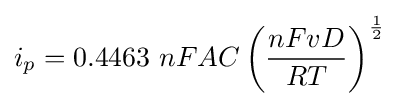
i_{p}=0.4463\ nFAC\left({\frac {nFvD}{RT}}\right)^{\frac {1}{2}}